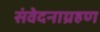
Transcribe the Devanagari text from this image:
संवेदनाग्रहण